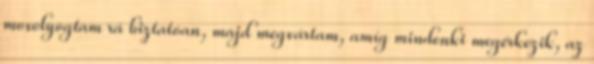
mosolyogtam rá biztatóan, majd megvártam, amíg mindenki megérkezik, az